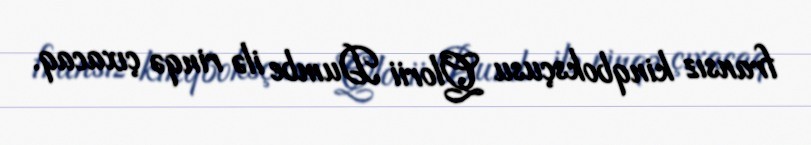
fransız kinqboksçusu Qlorii Dumbe ilə rinqə çıxacaq.